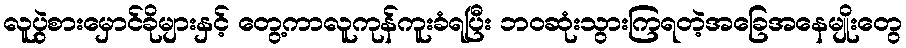
လူပွဲစားမှောင်ခိုများနှင့် တွေ့ကာလူကုန်ကူးခံရပြီး ဘဝဆုံးသွားကြရတဲ့အခြေအနေမျိုးတွေ